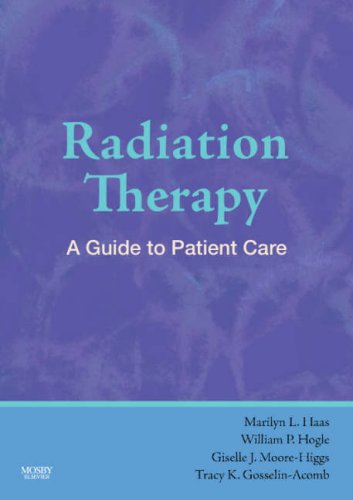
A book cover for Radiation Therapy: A Guide to Patient Care, 1e; Marilyn Haas PhD  RN  CNS  ANP-C; Medical Books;